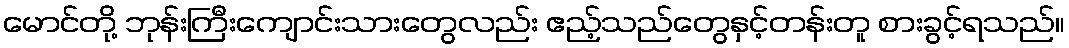
မောင်တို့ ဘုန်းကြီးကျောင်းသားတွေလည်း ဧည့်သည်တွေနှင့်တန်းတူ စားခွင့်ရသည်။